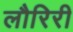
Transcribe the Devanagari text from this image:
लौरिरी